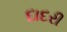
દાદરી